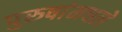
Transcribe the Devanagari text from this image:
पुरुषांमधले